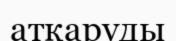
атқаруды